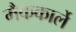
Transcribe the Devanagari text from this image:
मैककार्ले